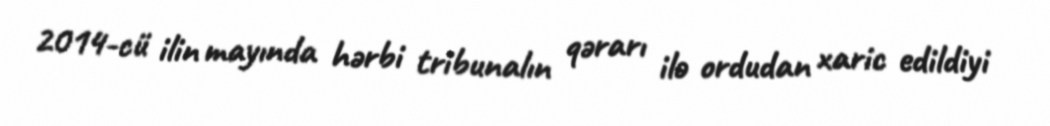
2014-cü ilin mayında hərbi tribunalın qərarı ilə ordudan xaric edildiyi